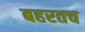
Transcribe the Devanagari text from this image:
बहरतच